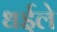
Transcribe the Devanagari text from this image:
धईले